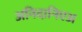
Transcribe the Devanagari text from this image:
अनिदानिएअ